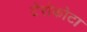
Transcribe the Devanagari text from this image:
टेरोकोटा